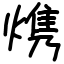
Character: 㷪